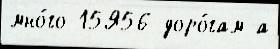
мно́го 15Я56 доро́гам а